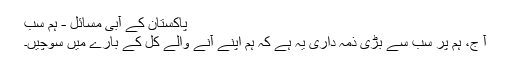
پاکستان کے آبی مسائل - ہم سب
آ ج، ہم پر سب سے بڑی ذمہ داری یہ ہے کہ ہم اپنے آنے والے کل کے بارے میں سوچیں۔